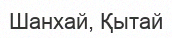
Шанхай, Қытай